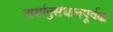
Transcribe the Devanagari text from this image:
अर्थानुसंधानपूर्वक